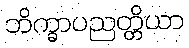
ဘိက္ခာပညတ္တိယာ